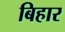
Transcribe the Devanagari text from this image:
बिहार